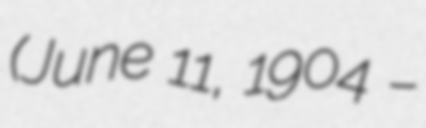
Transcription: (June 11, 1904 –